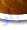
بلو